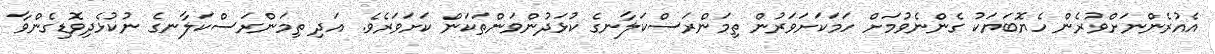
އެއުރެންނަށްވުރެން ހެޔޮބަޔަކު ގެންނެވުމަށް ހަމަކަށަވަރުން ތިމަންރަސްކަލާނގެ ކުޅަދުންވަންތަކަން ކަށަވަރެވެ. އަދި ތިމަންރަސްކަލާނގެ ނުކުޅެދިވޮޑިގެންވާ